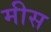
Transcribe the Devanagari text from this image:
मीस